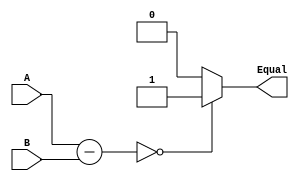
`timescale 1ns / 1ps
//////////////////////////////////////////////////////////////////////////////////
// Company: 
// Engineer: 
// 
// Design Name: 
// Module Name: comparator_unit
// Project Name: 
// Target Devices: 
// Tool Versions: 
// Description: 
// 
// Dependencies: 
// 
// Revision:
// Revision 0.01 - File Created
// Additional Comments:
// 
//////////////////////////////////////////////////////////////////////////////////


module comparator_unit(A, B, Equal);
input [31:0] A, B;
output Equal;
reg Equal;

always @(*) begin
    if (A - B == 0) begin
        Equal <= 1;
	end else begin
        Equal <= 0;			
    end
end

endmodule